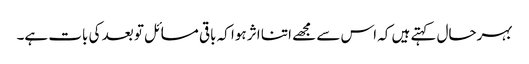
بہرحال کہتے ہیں کہ اس سے مجھے اتنا اثر ہوا کہ باقی مسائل تو بعد کی بات ہے۔